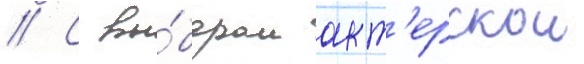
// С вы́бором акт'ерскои